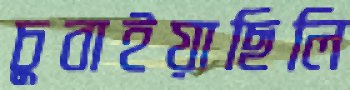
চুবাইয়াছিলি